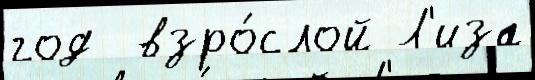
год  взро́слой Л'иза